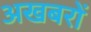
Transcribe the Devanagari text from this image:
अखबरों